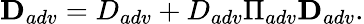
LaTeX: {\mathbf D}_{adv}=D_{adv}+D_{adv}\Pi_{adv}{\mathbf D}_{adv}.